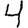
Digit: 4